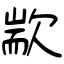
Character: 歂